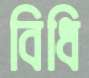
বিধি